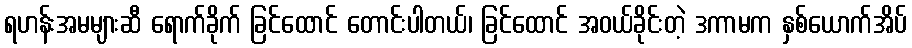
ရဟန်းအမများဆီ ရောက်ခိုက် ခြင်ထောင် တောင်းပါတယ်၊ ခြင်ထောင် အဝယ်ခိုင်းတဲ့ ဒကာမက နှစ်ယောက်အိပ်